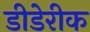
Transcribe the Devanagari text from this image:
डीडेरीक